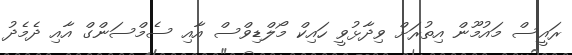
ރައީސް މައުމޫން އިތުރަށް ވިދާޅުވީ ހައިކް މޯލްޑިވްސް އާއި ސެމްސަންގް އާއި ދެމެދު